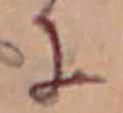
に